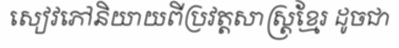
សៀវភៅនិយាយពីប្រវត្តសាស្ត្រខ្មែរ ដូចជា